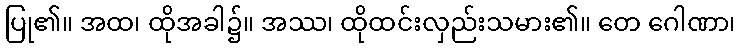
ပြု၏။ အထ၊ ထိုအခါ၌။ အဿ၊ ထိုထင်းလှည်းသမား၏။ တေ ဂေါဏာ၊